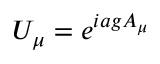
U _ { \mu } = e ^ { i a g A _ { \mu } }